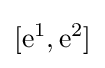
[\mathrm {e} ^{1},\mathrm {e} ^{2}]